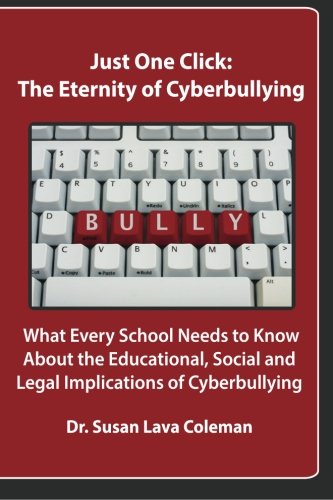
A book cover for Just One Click: The Eternity of Cyberbullyin; Dr. Susan Lava Coleman; Law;